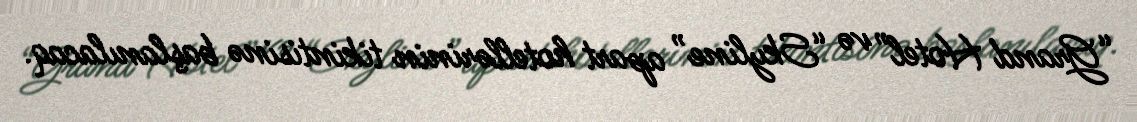
“Grand Hotel” və “Skyline” apart hotellərinin tikintisinə başlanılacaq.